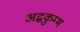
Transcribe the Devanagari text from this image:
अद्धकुम्भ